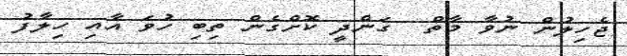
ޖެހިލުން ނުވާ މާތް  ގަންދީ ކޮށްގެން ތިިބި ހުވަ އާއި ހިލާފު